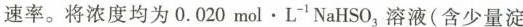
速率。将浓度均为0.020mol·L^{-1}NaHSO_{3}溶液(含少量淀